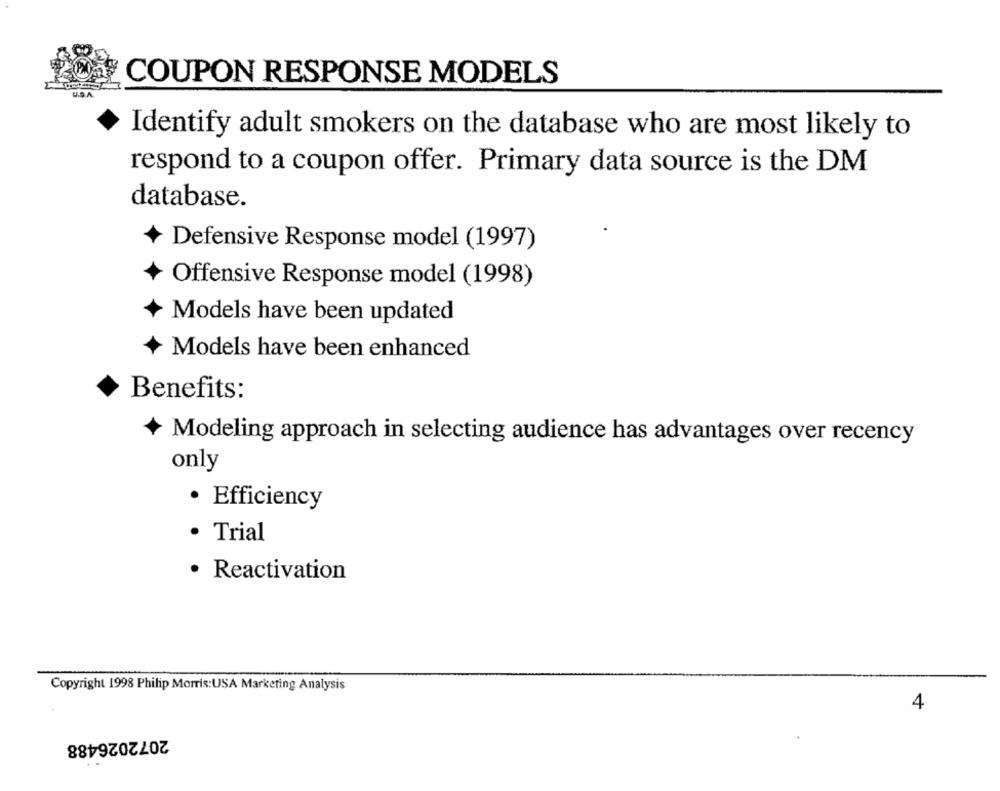
COUPON RESPONSE MODELS
Identify adult smokers on the database who are most likely to
respond to a coupon offer. Primary data source is the DM
database.
Defensive Response model (1997)
Offensive Response model (1998)
Models have been updated
Models have been enhanced
Benefits:
Modeling approach in selecting audience has advantages over recency
only
· Efficiency
· Trial
· Reactivation
Copyright 1998 Philip Morris:USA Marketing Analysis
4
2072026488